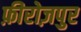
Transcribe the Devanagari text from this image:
फ़ीरोज़पुर